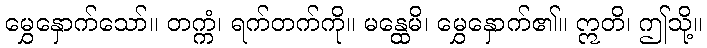
မွှေနှောက်သော်။ တက္ကံ၊ ရက်တက်ကို။ မန္ထေမိ၊ မွှေနှောက်၏။ ဣတိ၊ ဤသို့။